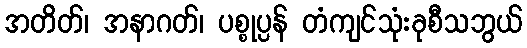
အတိတ်၊ အနာဂတ်၊ ပစ္စုပ္ပန် တံကျင်သုံးခုစီသဘွယ်